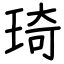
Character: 琦